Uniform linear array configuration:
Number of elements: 16
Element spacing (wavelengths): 0.25
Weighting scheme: cosine
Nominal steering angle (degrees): -15
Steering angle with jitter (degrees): -16.256
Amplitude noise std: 0.05
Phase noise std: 0.05

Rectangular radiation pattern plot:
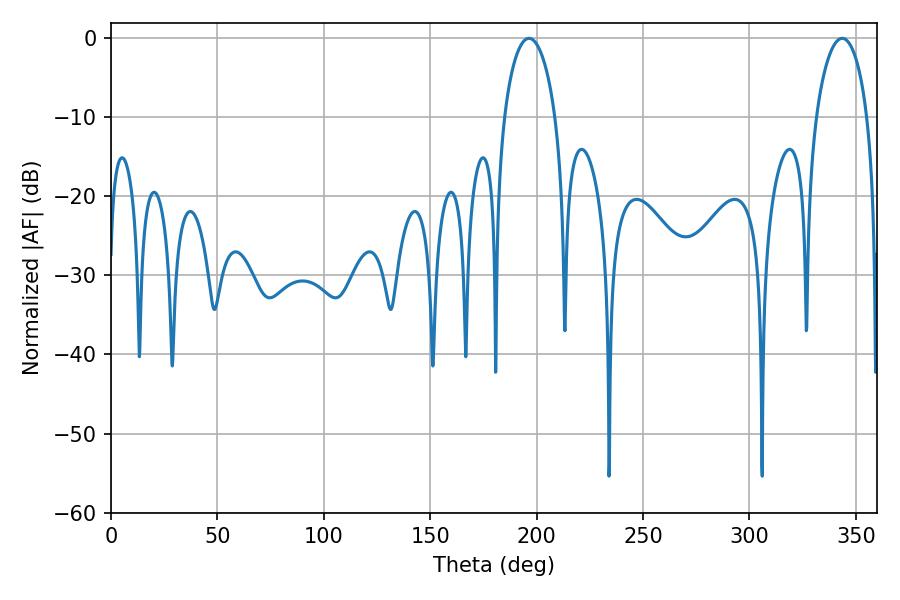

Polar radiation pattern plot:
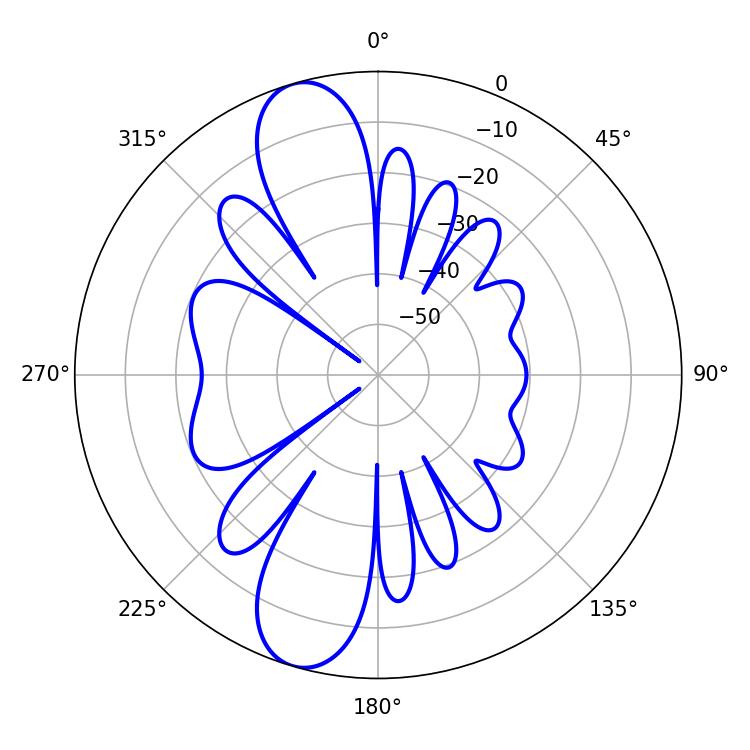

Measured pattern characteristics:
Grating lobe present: FALSE
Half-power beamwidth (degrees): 13.86
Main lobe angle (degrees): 196.38